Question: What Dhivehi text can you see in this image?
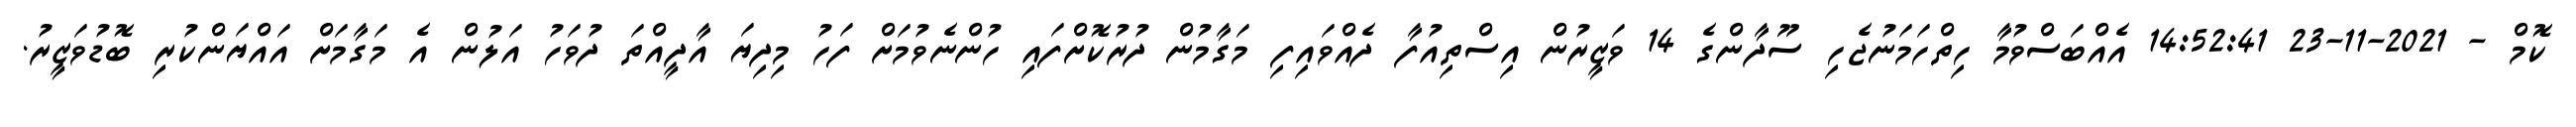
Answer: ކޮމް - 2021-11-23 14:52:41 އެއްބަސްވުމާ ހިތްހަމަނުޖެހި ސޫދާންގެ 14 ވަޒީރުން އިސްތިއުފާ ދެއްވައިފި މަގާމުން ދުރުކޮށްފައި ހުންނެވުމަށް ފަހު މިދިޔަ އާދީއްތަ ދުވަހު އަލުން އެ މަގާމަށް އައްޔަންކުރި ބޮޑުވަޒީރު.